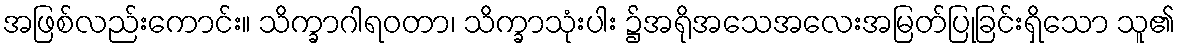
အဖြစ်လည်းကောင်း။ သိက္ခာဂါရဝတာ၊ သိက္ခာသုံးပါး ၌အရိုအသေအလေးအမြတ်ပြုခြင်းရှိသော သူ၏